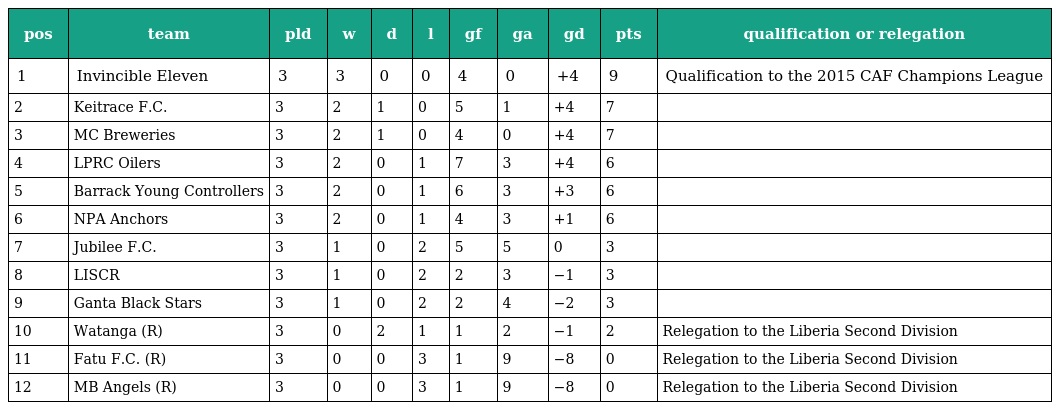
| pos | team | pld | w | d | l | gf | ga | gd | pts | qualification or relegation |
 | --- | --- | --- | --- | --- | --- | --- | --- | --- | --- | --- |
 | 1 | Invincible Eleven | 3 | 3 | 0 | 0 | 4 | 0 | +4 | 9 | Qualification to the 2015 CAF Champions League |
 | 2 | Keitrace F.C. | 3 | 2 | 1 | 0 | 5 | 1 | +4 | 7 |  |
 | 3 | MC Breweries | 3 | 2 | 1 | 0 | 4 | 0 | +4 | 7 |  |
 | 4 | LPRC Oilers | 3 | 2 | 0 | 1 | 7 | 3 | +4 | 6 |  |
 | 5 | Barrack Young Controllers | 3 | 2 | 0 | 1 | 6 | 3 | +3 | 6 |  |
 | 6 | NPA Anchors | 3 | 2 | 0 | 1 | 4 | 3 | +1 | 6 |  |
 | 7 | Jubilee F.C. | 3 | 1 | 0 | 2 | 5 | 5 | 0 | 3 |  |
 | 8 | LISCR | 3 | 1 | 0 | 2 | 2 | 3 | −1 | 3 |  |
 | 9 | Ganta Black Stars | 3 | 1 | 0 | 2 | 2 | 4 | −2 | 3 |  |
 | 10 | Watanga (R) | 3 | 0 | 2 | 1 | 1 | 2 | −1 | 2 | Relegation to the Liberia Second Division |
 | 11 | Fatu F.C. (R) | 3 | 0 | 0 | 3 | 1 | 9 | −8 | 0 | Relegation to the Liberia Second Division |
 | 12 | MB Angels (R) | 3 | 0 | 0 | 3 | 1 | 9 | −8 | 0 | Relegation to the Liberia Second Division |